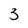
Character: 3